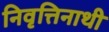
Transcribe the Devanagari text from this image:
निवृत्तिनाथी